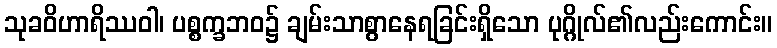
သုခဝိဟာရိဿဝါ၊ ပစ္စက္ခဘဝ၌ ချမ်းသာစွာနေရခြင်းရှိသော ပုဂ္ဂိုလ်၏လည်းကောင်း။